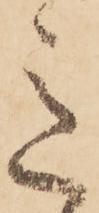
意